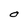
Character: O